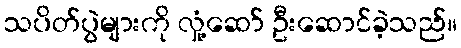
သပိတ်ပွဲများကို လှုံ့ဆော် ဦးဆောင်ခဲ့သည်။